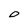
Character: O